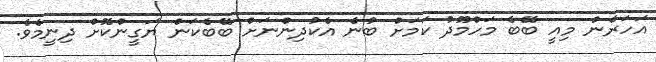
އަހަރެން މިއީ ބޭބެ މަހްމޫދު ކަމަށް ބުނެ އެކުދިންނަށް ބޭބެކަން ޔަގީންކޮށް ދިނީމެވެ.